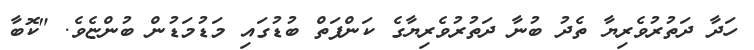
ހަދާ ދަތުރުވެރިޔާ ތެދު ބުނާ ދަތުރުވެރިޔާގެ ކަންފަތް ބުޑުގައި މަޑުމަޑުން ބުންޏެވެ. "ކޮބާ